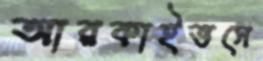
আরকাইভসে